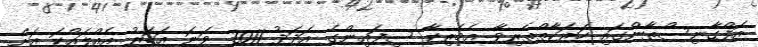
އަފްގާނިސްތާންގައި ހަރަކާތްތެރިވާ އެމެރިކާ ސިފައިންގެ އަދަދު 2011 ވަނަ އަހަރު އެއްލައްކަ އަށް